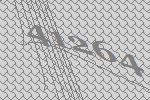
41264